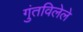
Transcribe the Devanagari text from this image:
गुंतविलेले